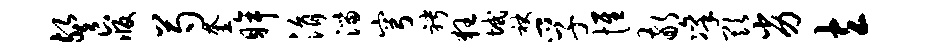
餐版芍奎眸涓淄穹聘狂域袂孚惟敬凛欺劣立